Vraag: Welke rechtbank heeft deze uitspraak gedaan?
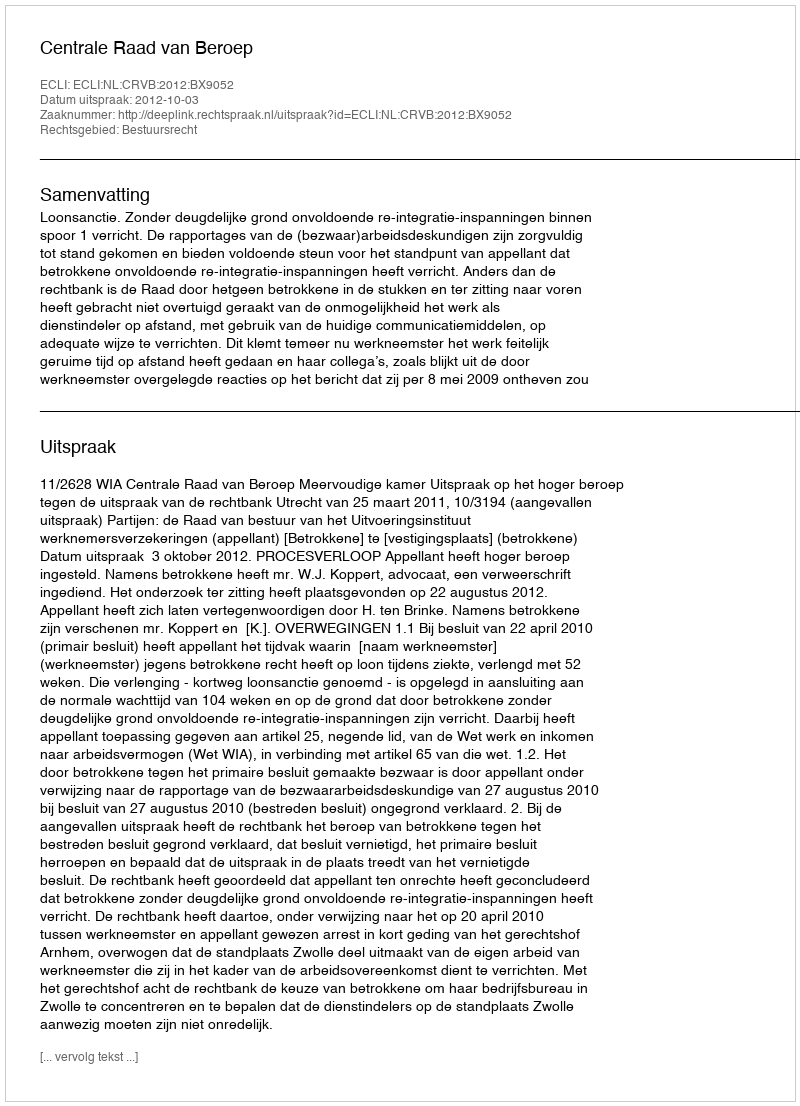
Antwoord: Centrale Raad van Beroep